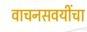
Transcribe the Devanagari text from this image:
वाचनसवयींचा